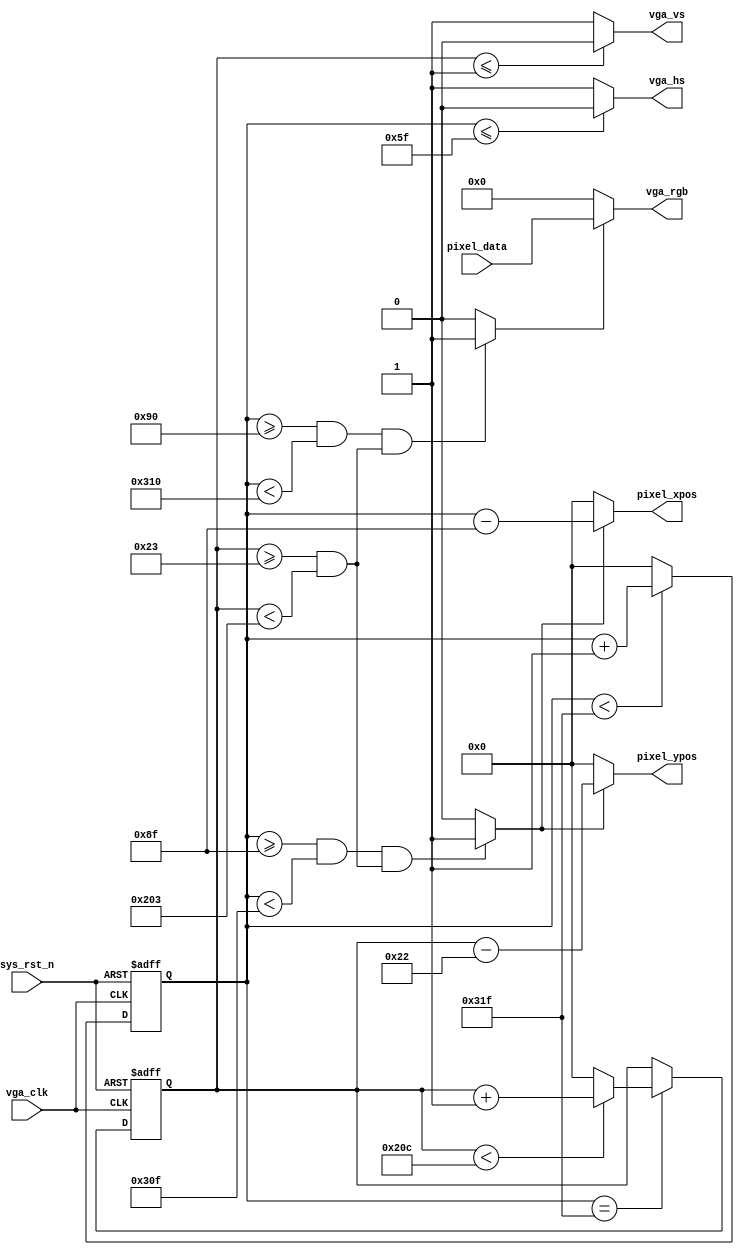
module vga_driver(
    input vga_clk,
    input sys_rst_n,   
    // vga interface
    output vga_hs,
    output vga_vs,
    output [11:0] vga_rgb,
    input [11:0] pixel_data,
    output [9:0] pixel_xpos,
    output [9:0] pixel_ypos
);

parameter H_SYNC = 10'd96;
parameter H_BACK = 10'd48;
parameter H_DISP = 10'd640;
parameter H_FRONT = 10'd16;
parameter H_TOTAL = 10'd800;

parameter V_SYNC = 10'd2;
parameter V_BACK = 10'd33;
parameter V_DISP = 10'd480;
parameter V_FRONT = 10'd10;
parameter V_TOTAL = 10'd525;

reg [9:0] cnt_h;
reg [9:0] cnt_v;

wire vga_en;
wire data_req;

assign vga_hs = (cnt_h <= H_SYNC - 1'b1)? 1'b0:1'b1;
assign vga_vs = (cnt_v <= V_SYNC - 1'b1)? 1'b0:1'b1;

assign vga_en = (((cnt_h >= H_SYNC + H_BACK) && (cnt_h < H_SYNC + H_BACK + H_DISP))
                &&((cnt_v >= V_SYNC + V_BACK) && (cnt_v < V_SYNC + V_BACK + V_DISP)))?
                1'b1:1'b0;

assign vga_rgb = vga_en? pixel_data:12'd0;

assign data_req = (((cnt_h >= H_SYNC + H_BACK -1'b1) && (cnt_h < H_SYNC + H_BACK + H_DISP-1'b1))
                &&((cnt_v >= V_SYNC + V_BACK) && (cnt_v < V_SYNC + V_BACK + V_DISP)))?
                1'b1:1'b0;

assign pixel_xpos = data_req ? (cnt_h-(H_SYNC + H_BACK -1'b1)) : 10'd0;
assign pixel_ypos = data_req ? (cnt_v-(V_SYNC + V_BACK -1'b1)) : 10'd0;

always @(posedge vga_clk or negedge sys_rst_n) begin
    if (!sys_rst_n)
        cnt_h <= 10'd0;
    else begin
        if (cnt_h < H_TOTAL - 1'b1)
            cnt_h <= cnt_h + 1'b1;
        else
            cnt_h <= 10'd0;
    end
end

always @(posedge vga_clk or negedge sys_rst_n) begin
    if (!sys_rst_n)
        cnt_v <= 10'd0;
    else if (cnt_h == H_TOTAL - 1'b1)begin
        if (cnt_v < V_TOTAL - 1'b1)
            cnt_v <= cnt_v + 1'b1;
        else
            cnt_v <= 10'd0;
    end
end

endmodule